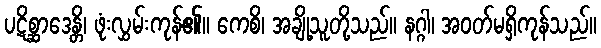
ပဋိစ္ဆာဒေန္တိ၊ ဖုံးလွှမ်းကုန်၏။ ကေစိ၊ အချို့သူတို့သည်။ နဂ္ဂါ၊ အဝတ်မရှိကုန်သည်။